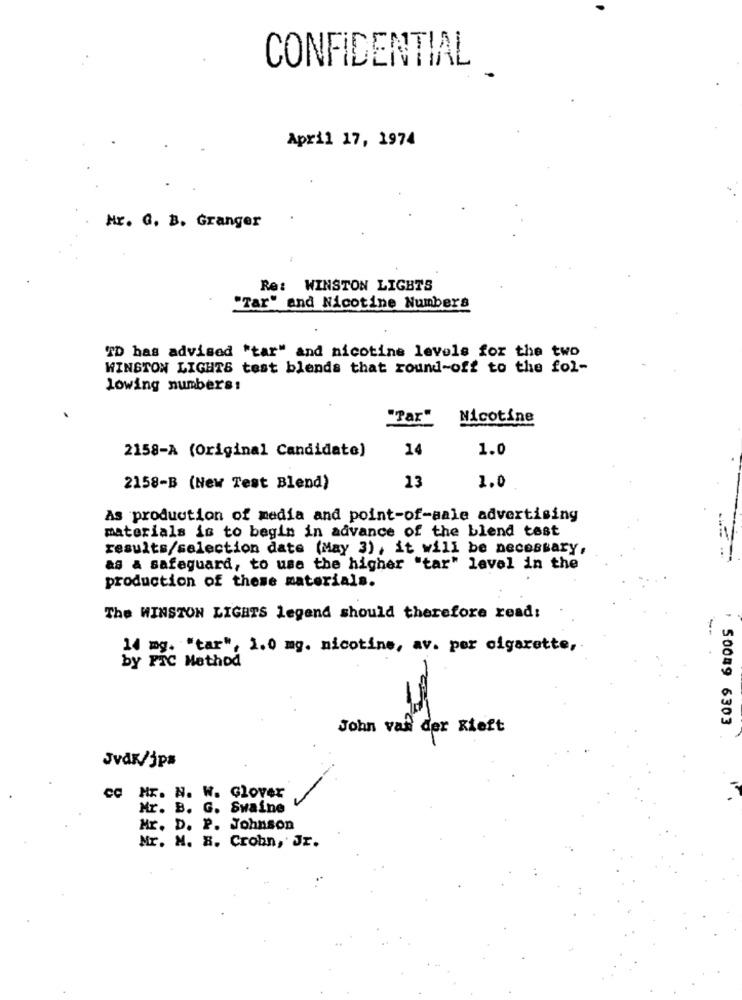
CONFIDENTIAL
April 17, 1974
Mr. G. B. Granger
Re: WINSTON LIGHTS
"Tar" and Nicotine Numbers
TD has advised "tar" and nicotine levels for the two
WINSTON LIGHTS test blends that round-off to the fol-
lowing numbers!
"Par"
Nicotine
2158-A (Original Candidate)
14
1.0
13
2158-B (New Test Blend)
1.0
As production of media and point-of-sale advertising
materials is to begin in advance of the blend test
results/selection date (May 3), it will be necessary,
as a safeguard, to use the higher "tar" level in the
production of these materials.
The WINSTON LIGHTS legend should therefore read:
14 mg. "tar". 1.0 mg. nicotine, av. por cigarette,
by FIC Method
John van der Kieft
50049 6303
Jvdk/jp#
co Hr. N. W. Glover
Mr. B. G. Swaine
Mr. D. P. Johnson
Mr. M. B. Crohn, Jr.